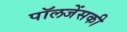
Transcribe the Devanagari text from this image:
पॉलजेंसकी